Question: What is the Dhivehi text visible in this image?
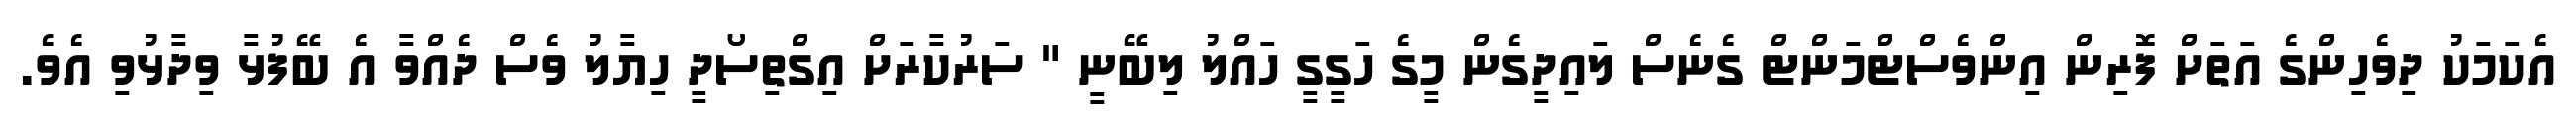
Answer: އެކަމަކު ދިވެހިންގެ އަތަށް ފޮރިން އިންވެސްޓްމަންޓް ގެނެސް ލައިދީގެން މީގެ ހަގީގީ ހައްލު ލިބޭނީ " ސަރުކާރަށް އިގްތިސޯދީ ހިޔާލު ވެސް ދެއްވާ އެ ބޭފުޅާ ވިދާޅުވި އެވެ.